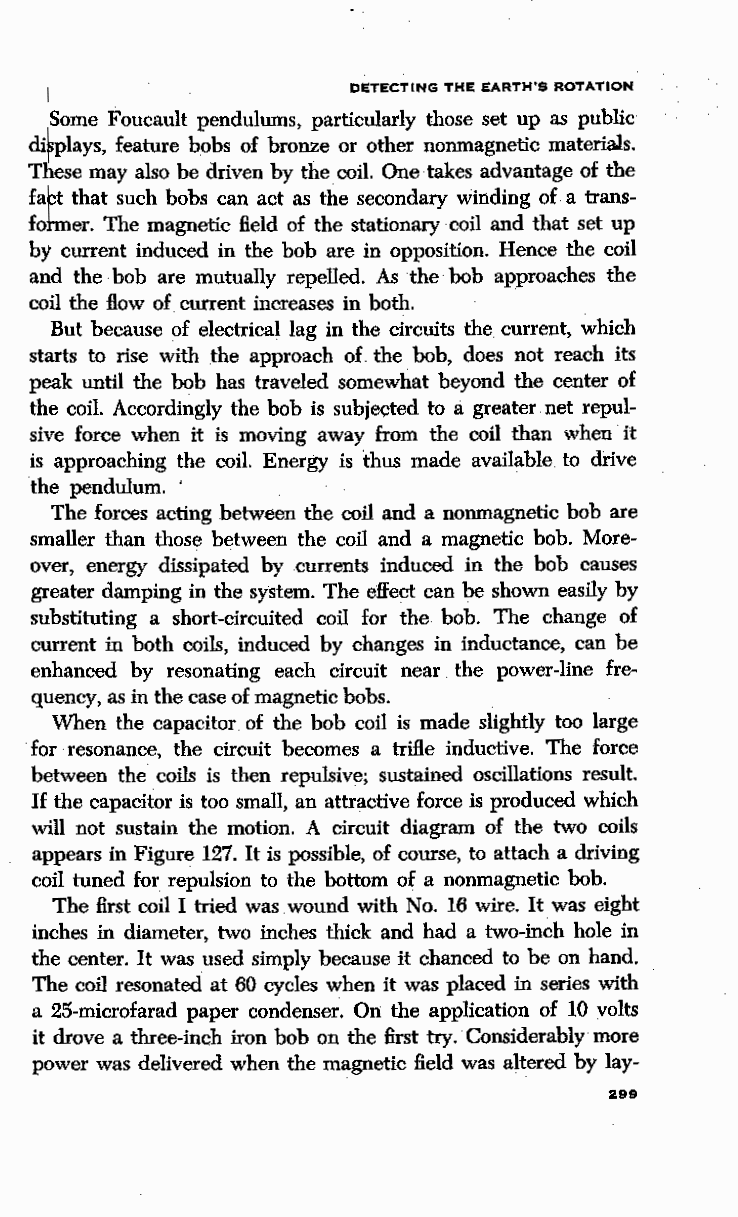
DETECTING THE EARTH'S ROTATION
 Some Foucault pendulums, particularly those set up as public
 di plays, feature bobs of bronze or other nonmagnetic materials.
 T ese may also be driven by the coil. One takes advantage of the
 fa t that such bobs can act as the secondary winding of a trans
 fo er. The magnetic field of the stationary coil and that set up
 b current induced in the bob are in opposition. Hence the coil
 and the bob are mutually repelled. As the bob approaches the
 coil the flow of current increases in both. .
 But because of electrical lag in the circuits the current, which
 starts to rise with the approach of the bob, does not reach its
 peak until the bob has traveled somewhat beyond the center of
 the coil. Accordingly the bob is subjected to a greater net repul
 sive force when it is moving away from the coil than when it
 is approaching the coil. Energy is thus made available to drive
 the pendulum. '
 The forces acting between the coil and a nonmagnetic bob are
 smaller than those between the coil and a magnetic bob. More
 over, energy dissipated by currents induced in the bob causes
 greater damping in the system. The effect can be shown easily by
 substituting a short-circuited coil for the bob. The change of
 current in both coils, induced by changes· in inductance, can be
 enhanced by resonating each circuit near the power-line fre
 quency, as in the case of magnetic bobs.
 When the capacitor of the bob coil is made slightly too large
 for resonance, the circuit becomes a trifle inductive. The force
 between the coils is then repulsive; sustained oscillations result.
 If the capacitor is too small, an attractive force is produced which
 will not sustain the motion. A circuit diagram of the two coils
 appears in Figure 127. It is possible, of course, to attach a driving
 coil tuned for repulsion to the bottom of a nonmagnetic bob.
 The first coil I tried was wound with No. 16 wire. It was eight
 inches in diameter, two inches thick and had a two-inch hole in
 the center. It was used simply because it chanced to be on hand.
 The coil resonated at 60 cycles when it was placed in series with
 a 25-microfarad paper condenser. On the application of 10 volts
 it drove a three-inch iron bob on the first try. Considerably more
 power was delivered when the magnetic field was altered by lay-
 299